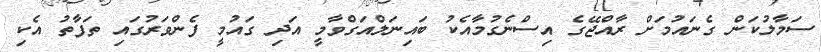
ސަމާލުކަން ގެނައުމަށް ރާއްޖޭގެ އިސްނެގުމާއެކު ބައިނަލްއަގްވާމީ އަދި ގައުމީ ފެންވަރުގައި ތަފާތު އެކި